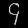
Digit: ၄